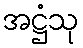
အဋ္ဌံသု